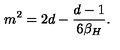
m ^ { 2 } = 2 d - { \frac { d - 1 } { 6 \beta _ { H } } } .